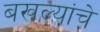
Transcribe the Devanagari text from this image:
बखल्यांचे